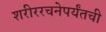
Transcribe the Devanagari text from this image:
शरीररचनेपर्यंतची